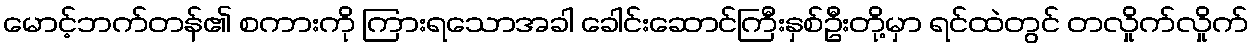
မောင့်ဘက်တန်၏ စကားကို ကြားရသောအခါ ခေါင်းဆောင်ကြီးနှစ်ဦးတို့မှာ ရင်ထဲတွင် တလှိုက်လှိုက်